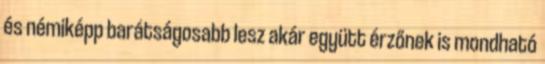
és némiképp barátságosabb lesz akár együtt érzőnek is mondható